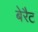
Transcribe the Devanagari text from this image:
बेरैट